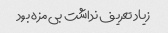
زیاد تعریف نداشت بی مزه بود